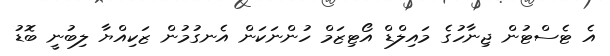
އެ ޓެސްޓުން ޖިނާހުގެ މައިލްޑް އޯޓިޒަމް ހުންނަކަން އެނގުމުން ޒަކިއްޔާ ލިބުނީ ބޮޑު